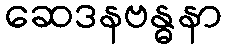
ဆေဒနဗန္ဓနာ